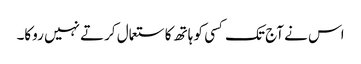
اس نے آج تک کسی کو ہاتھ کا ستعمال کرتے نہیں روکا۔